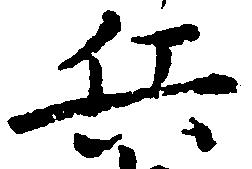
兵